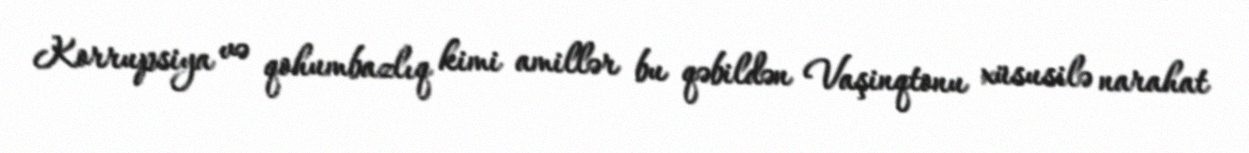
Korrupsiya və qohumbazlıq kimi amillər bu qəbildən Vaşinqtonu xüsusilə narahat